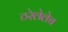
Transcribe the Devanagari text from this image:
ठरेलेलेच